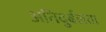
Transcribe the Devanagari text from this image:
अतिदुर्बलता